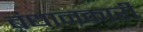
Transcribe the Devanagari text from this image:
बंधानकारी